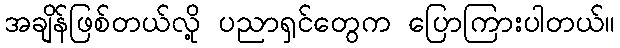
အချိန်ဖြစ်တယ်လို့ ပညာရှင်တွေက ပြောကြားပါတယ်။